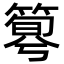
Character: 𥰴